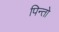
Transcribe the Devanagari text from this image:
पिन्तो